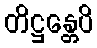
တိဋ္ဌန္တေပိ